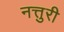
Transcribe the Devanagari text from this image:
नत्तुरी